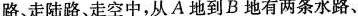
路走陆路、走空中，从A地到B地有两条水路、